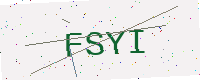
Text: FSYI